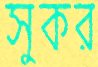
সুকর